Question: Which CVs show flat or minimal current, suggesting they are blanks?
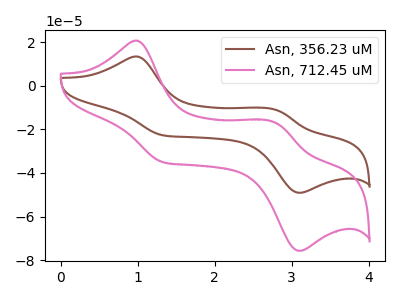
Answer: <think>The brown curve "Asn, 356.23 uM" has anodic peaks at (1.00V, 13.40uA) (2.80V, -10.95uA) and cathodic peaks at (1.30V, -22.70uA) (3.10V, -49.10uA). The pink curve "Asn, 712.45 uM" has anodic peaks at (1.00V, 20.65uA) (2.80V, -16.85uA) and cathodic peaks at (1.30V, -35.05uA) (3.10V, -75.70uA).</think>
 <answer>There are not any CV's on this graph that are likely to be blanks.</answer>
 <eval>none</eval>